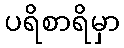
ပရိစာရိမှာ